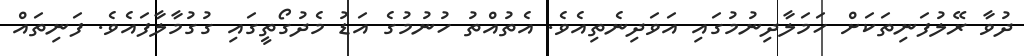
ދުވާ ރޭލުފަނިތަކަށް ހަމަލާދިނުމުގައި އަވަދިނެތިއެވެ. އެތުއްތު ހުނުމުގެ އަޑު މެދުގޯތީގައި ގުގުމާލާފައެވެ. ފަނިތައް